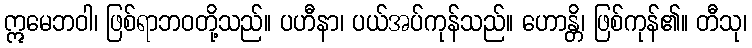
ဣမေဘဝါ၊ ဖြစ်ရာဘဝတို့သည်။ ပဟီနာ၊ ပယ်အပ်ကုန်သည်။ ဟောန္တိ၊ ဖြစ်ကုန်၏။ တီသု၊